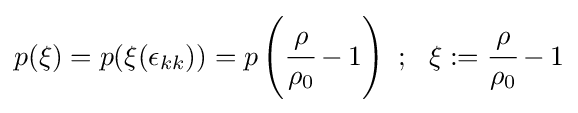
p(\xi )=p(\xi (\epsilon _{kk}))=p\left({\cfrac {\rho }{\rho _{0}}}-1\right)~;~~\xi :={\cfrac {\rho }{\rho _{0}}}-1